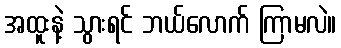
အထူးနဲ့ သွားရင် ဘယ်လောက် ကြာမလဲ။